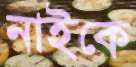
নাইকে